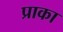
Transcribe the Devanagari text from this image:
प्राका